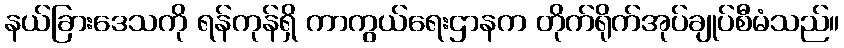
နယ်ခြားဒေသကို ရန်ကုန်ရှိ ကာကွယ်ရေးဌာနက တိုက်ရိုက်အုပ်ချုပ်စီမံသည်။